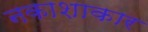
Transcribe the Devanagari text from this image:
नकाशाकार